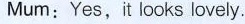
Mum:Yes, it looks lovely.